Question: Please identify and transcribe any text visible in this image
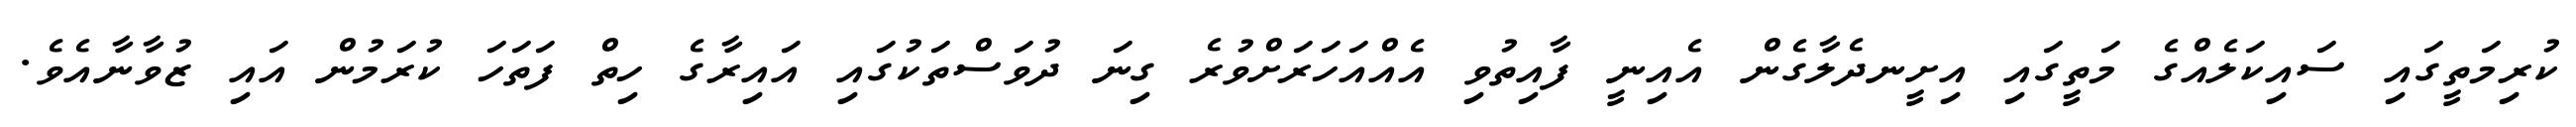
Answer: ކުރިމަތީގައި ސައިކަލެއްގެ މަތީގައި އިށީނދެލާގެން އެއިނީ ފާއިތުވި އެއްއަހަރަށްވުރެ ގިނަ ދުވަސްތަކުގައި އައިރާގެ ހިތް ފަތަހަ ކުރަމުން އައި ޒުވާނާއެވެ.